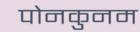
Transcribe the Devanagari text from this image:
पोनकुनम